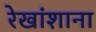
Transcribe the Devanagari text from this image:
रेखांशाना